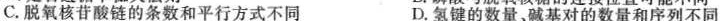
C.脱氧核苷酸链的条数和平行方式不同 D.氢键的数量对的数量和序列不同